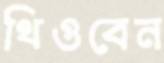
থিওবেন